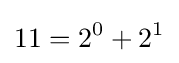
11=2^{0}+2^{1}